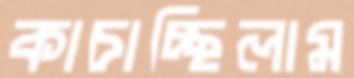
কাচাচ্ছিলাম